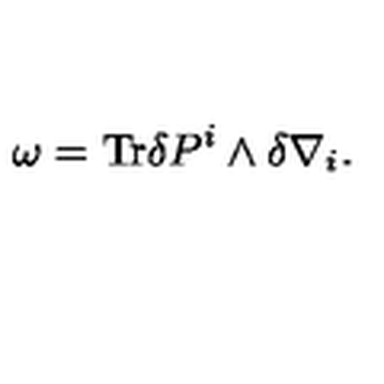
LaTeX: \omega = \mathrm { T r } \delta P ^ { i } \wedge \delta \nabla _ { i } .